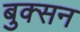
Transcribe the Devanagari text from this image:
बुक्सन